system: You are a helpful assistant.
user:
Analyze the provided spectrum to determine if it is a **White Dwarf (WD)**.

A White Dwarf spectrum is defined by its **extreme purity** (due to gravitational settling) and/or **extreme pressure broadening** (due to high surface gravity). You must check for one of the following mutually exclusive signatures:

- **Key Visual Indicators (Check for ONE of these types):**

    - **1. DA-Type Signature (Most Common):**
        - **(Primary Feature):** Extreme pressure broadening (Stark broadening) of the **Hydrogen (H) Balmer lines**.
        - **(Key Lines):** $H\beta$ (approx. $4861$ Å) and $H\gamma$ (approx. $4340$ Å). $H\alpha$ (approx. $6563$ Å) will also be present if the wavelength range covers it.
        - **(Line Profile):** This is the **defining feature**. The lines are **NOT** sharp. They appear as massive, **extremely broad and deep "troughs" or "dips"** in the spectrum, often hundreds of Ångströms wide. The continuum will appear to "scoop" down at these wavelengths.
        - **(Distinction):** Normal A-type or B-type stars have *narrow* and *sharp* Hydrogen lines. A DA White Dwarf's lines are unmistakably "smeared" or "blurry" from pressure.

    - **2. DB-Type Signature:**
        - **(Primary Feature):** Broad absorption lines from **Neutral Helium (He I)**. The spectrum must lack any visible Hydrogen lines.
        - **(Key Lines):** Look for broad absorption near $4471$ Å, $4921$ Å, and $5876$ Å.
        - **(Line Profile):** These lines are also significantly pressure-broadened, appearing much wider than they would in a normal B-type main-sequence star.

    - **3. DC-Type Signature:**
        - **(Primary Feature):** A **featureless continuous spectrum**.
        - **(Line Profile):** The spectrum is a smooth curve with **no significant absorption or emission lines**.
        - **(Key Confirmation):** The continuum is almost always **blue or white**, indicating a hot object. This signature implies the atmosphere is so pure (or so cool) that no spectral lines are visible in the optical range. Its WD identity is confirmed by its extremely low intrinsic brightness (high absolute magnitude).

    - **4. DZ-Type Signature (Metal-Polluted):**
        - **(Primary Feature):** **Isolated, narrow metal absorption lines** on an otherwise featureless (DC-like) continuum.
        - **(Key Lines):** The **Calcium (Ca II) H & K doublet** (approx. **$3934$ Å** and **$3968$ Å**) is the most common and defining feature.
        - **(Line Profile):** These lines are "out of place." They are *not* part of a "forest" of thousands of lines. This signature is evidence of recent *accretion* (pollution) from rocky debris.
        - **(Distinction):** Normal G/K/M stars have a *dense forest* of thousands of metal lines. A DZ has a *clean* continuum with *only a few* strong metal lines.

    - **5. DQ-Type Signature (Carbon-Polluted):**
        - **(Primary Feature):** Absorption bands from **Carbon (C₂ "Swan Bands" or atomic C I)**.
        - **(Key Lines - C₂):** Look for bandheads with a "saw-tooth" shape near $5635$ Å, **$5165$ Å** (strongest), and $4737$ Å.
        - **(Key Confirmation):** The underlying **continuum must be blue or white** (hot).
        - **(Distinction):** This is the critical difference from a **Carbon Star**, which has the *exact same* C₂ bands but on an extremely **red, cool** continuum.

- **(Overall Spectrum):**
    - The continuum (overall shape) is typically **blue-sloping** (brighter in the blue than the red), as most white dwarfs are very hot.
    - The spectrum will look "pure" or "simple," dominated by only *one* of the five signatures listed above.

Think first, call **spectral_visualization_tool** if needed to examine features in detail, then provide your final answer. Your response must adhere to the following strict rules:
1.  **Overall Structure:** Your response must follow the format `<think>...</think> <tool_call>...</tool_call> (if a tool is used) <answer>...</answer>`.
2.  **Tool Usage Constraint:** You may only make **one** tool call per turn.
3.  **Final Answer Format:** In the `<answer>` tag, your conclusion must be inside a `\boxed{}` command (e.g., `\boxed{YES}` or `\boxed{NO}`), followed by your justification.

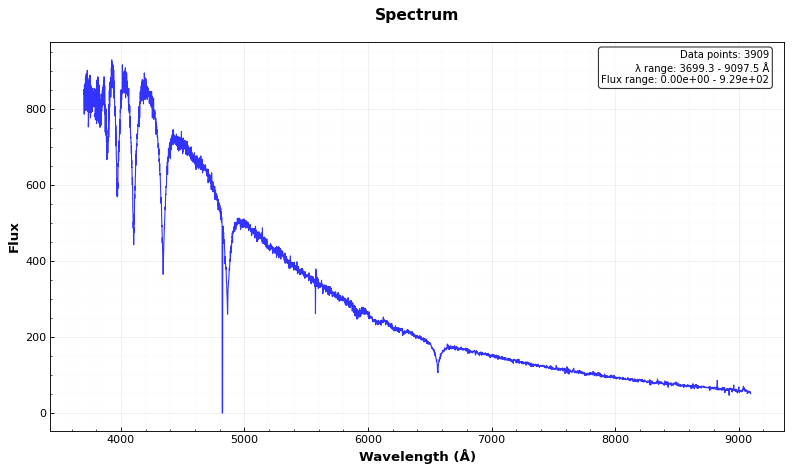
Answer: YES